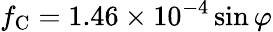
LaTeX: f_{\mathrm{C}}=1.46\times 10^{-4}\sin\varphi